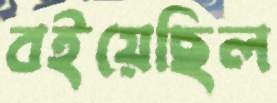
বইয়েছিল